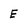
Character: E